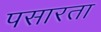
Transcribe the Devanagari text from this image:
पसारता